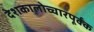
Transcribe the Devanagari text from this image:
देशकालोच्चारपूर्वक